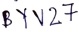
Text: BYV27